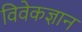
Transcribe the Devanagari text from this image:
विवेकज्ञान